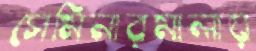
সেমিনারমালায়